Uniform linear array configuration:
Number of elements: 64
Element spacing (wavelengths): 0.75
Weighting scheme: hann
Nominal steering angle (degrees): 45
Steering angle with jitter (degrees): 43.867
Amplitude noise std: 0.05
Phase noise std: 0.05

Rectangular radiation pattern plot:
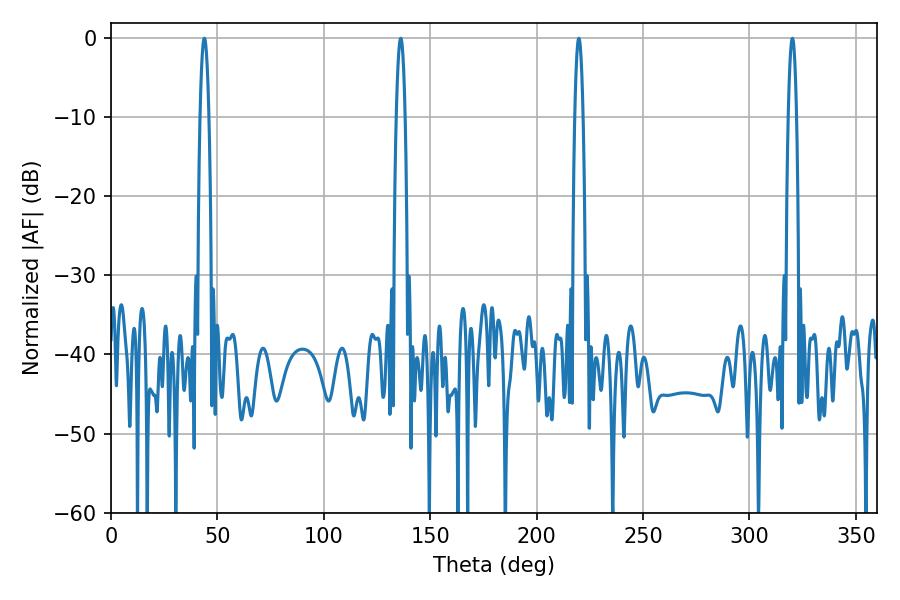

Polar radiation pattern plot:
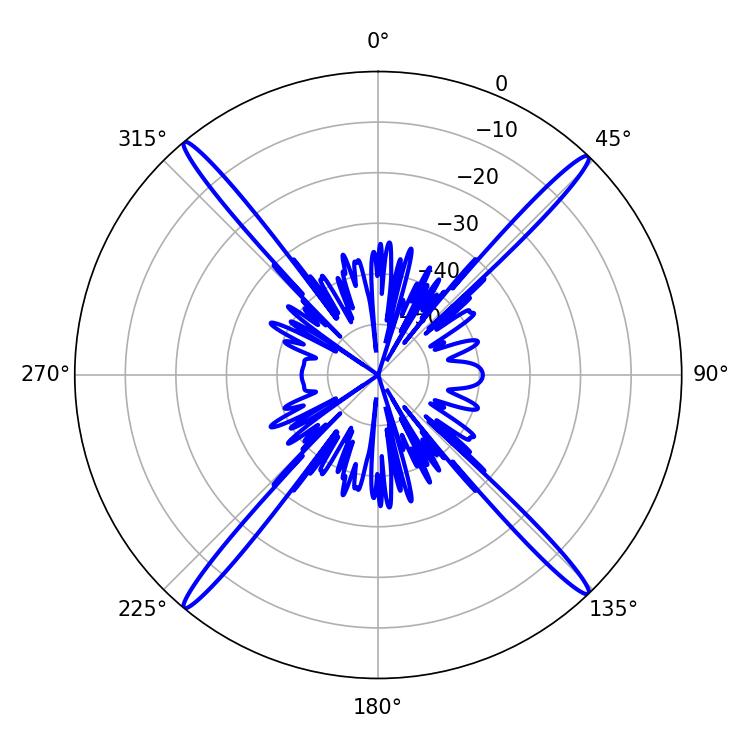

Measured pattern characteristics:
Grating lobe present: TRUE
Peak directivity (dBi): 23.934
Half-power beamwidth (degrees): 2.16
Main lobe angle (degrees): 219.78